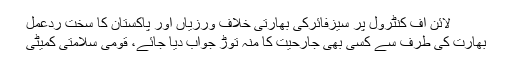
لائن آف کنٹرول پر سیزفائرکی بھارتی خلاف ورزیاں اور پاکستان کا سخت ردعمل
بھارت کی طرف سے کسی بھی جارحیت کا منہ توڑ جواب دیا جائے، قومی سلامتی کمیٹی